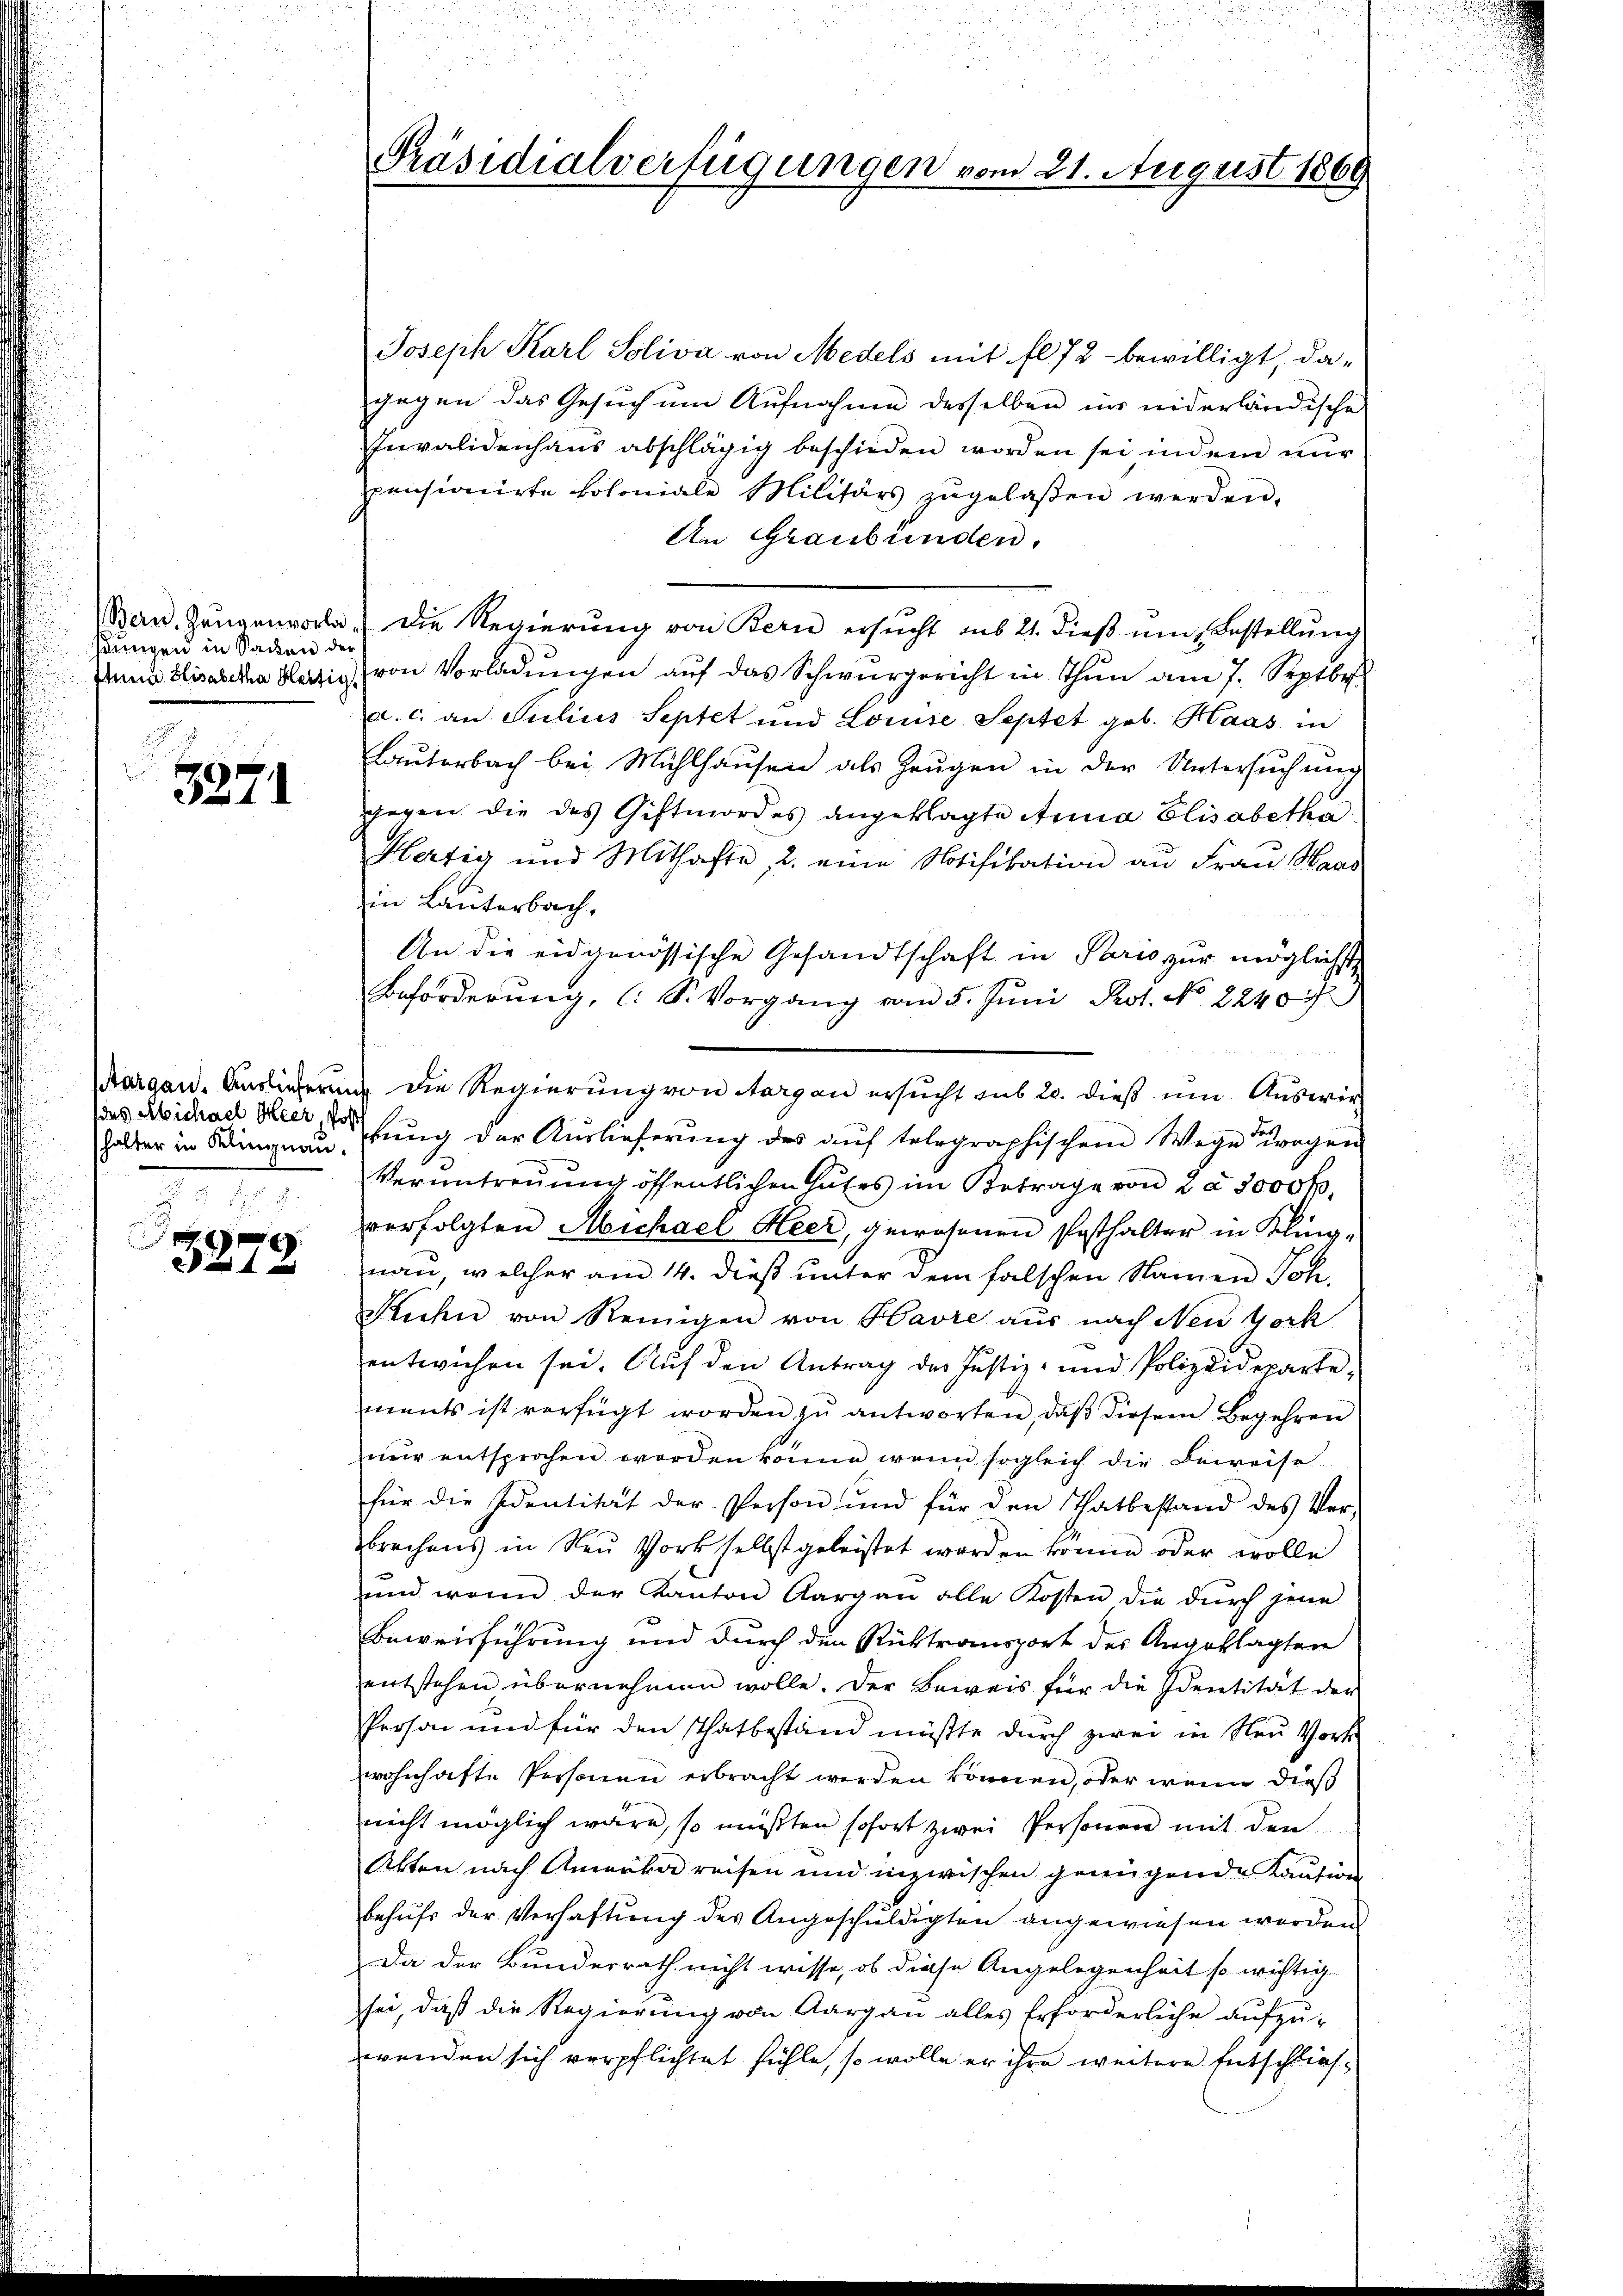
hungen in Sacken der
¬

3271

Joseph Karl Soliva von Medels mit fl 72 bewilligt, dagegen das Gesuch um Aufnahme desselben in niderländische
Invalidenhaus abschlägig beschieden worden sei indem nur
Pensionirte koloniale Militärs zŭgelassen werden.
An Graubünden.
Bern, Zeugenvorla. Die Regierŭng von Bern ersŭcht sub 21. dieβ ŭm Bestellŭng
Pana Elisabetha Herzig von Vorladungen auf das Schwurgericht in Thun am 7. Septbr.
a. c. an Julius Septet und Louise Septet geb. Haas in
Lauterbach bei Mühlhausen als Zeugen in der Untersŭchŭng
gegen die des Giftmordes angeklagte Anna Elisabethe
Hertig und Mithafte, 2. eine Notifikation an Fraŭ Maas
in Lauterbach,
An die eidgenössische Gesandtschaft in Paris zur möglichst
Beförderung, l. S. Vorgang vom 5. Juni Prot. No 2240/
Aargau. Ansiederung die Regierung von Aargau ersucht sub 20. dieß um Auswir
bŭng der Aŭslieferŭng des aŭf telegraphischem Wege vorgen
Veruntreuung öffentlichen Gutes im Betrage von 2 à 1000 kr.
verfolgten Michael Heer, gewesenen Posthalter in Klingnau, welcher am 14. dieß unter dem falschen Namen Joh.
Kuhn von Reinigen von Havre aus nach Neu York
entwichen sei. Aŭf den Antrag der Justiz- und Polizeideparte,
ments ist verfügt worden zu antworten, daß diesem Begehren
nŭr entsprochen worden könne, wenn sogleich die Beweise
für die Identität der Person und für den Thatbestand des Ver-
brechens in Neu Vork selbst geleistet worden könne oder wolle
und wenn der Kanton Aargau alle Kosten die dŭrch jene
Beweisführung und durch den Rücktransport des Angeklagten
entstehen übernehmen wolle. Der Beweis für die Identität der
Person und für den Thatbestand müßte durch zwei in Neu Vortr
wohnhafte Personen erbracht werden können, oder wenn dieß
nicht möglich wäre, so müßten sofort zwei Personen mit den
Akten nach Anerka reisen und inzwischen genügende Kaution
behufs der Verhaftung des Angeschuldigten angewiesen worden.
Da der Bundesrath nicht wisse, ob diese Angelegenheit so wichtig
sei, daß die Regierung von Aargau alles Erforderliche aufzu-
wenden sich verpflichtet fühle, so wolle er ihre weitere Entschließ¬

des Michael Heer, Pos
halter in Klingnau.

3279.

Präsidialverfügungen vom 21. August 1869

.